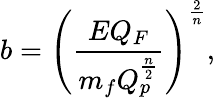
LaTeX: b=\left({\frac{EQ_{F}}{m_{f}Q_{p}^{\frac{n}{2}}}}\right)^{\frac{2}{n}},